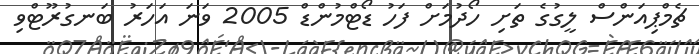
ޗެމްޕިއަންސް ލީގުގެ ތަށި ހޯދުމަށް ފަހު ޑޯޓްމުންޑް 2005 ވަނަ އަހަރު ބަނގުރޫޓްވި